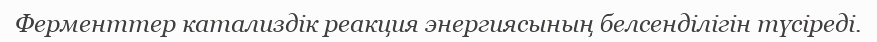
Ферменттер катализдік реакция энергиясының белсенділігін түсіреді.